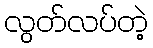
လွတ်လပ်တဲ့